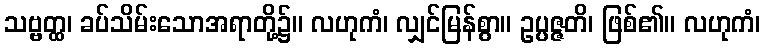
သဗ္ဗတ္ထ၊ ခပ်သိမ်းသောအရာတို့၌။ လဟုကံ၊ လျှင်မြန်စွာ။ ဥပ္ပဇ္ဇတိ၊ ဖြစ်၏။ လဟုကံ၊